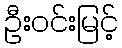
ဦးဝင်းမြင့်